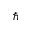
\hbar